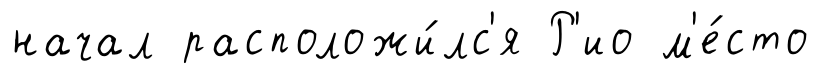
начал расположи́лс'я Р'ио м'е́сто